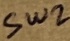
Text: SW2